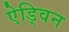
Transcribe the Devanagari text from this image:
ऐड्विन